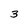
Character: 3